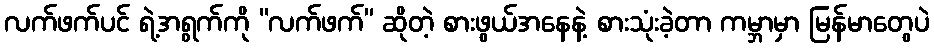
လက်ဖက်ပင် ရဲ့အရွက်ကို “လက်ဖက်” ဆိုတဲ့ စားဖွယ်အနေနဲ့ စားသုံးခဲ့တာ ကမ္ဘာမှာ မြန်မာတွေပဲ